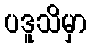
ပဒူသိမှာ